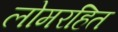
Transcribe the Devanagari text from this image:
लोमरहित